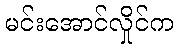
မင်းအောင်လှိုင်က